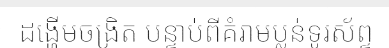
ដង្ហើមចង្រិត បន្ទាប់ពីគំរាមប្លន់ទូរស័ព្ទ